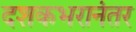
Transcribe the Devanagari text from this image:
दशकभरानंतर